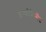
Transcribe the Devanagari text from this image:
इन्फोतैन्मेंट